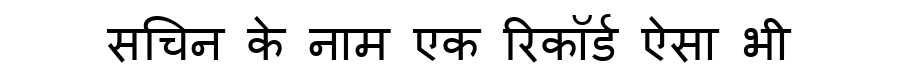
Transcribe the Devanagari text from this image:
सचिन के नाम एक रिकॉर्ड ऐसा भी